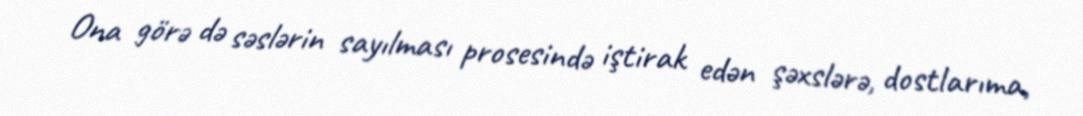
Ona görə də səslərin sayılması prosesində iştirak edən şəxslərə, dostlarıma,